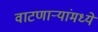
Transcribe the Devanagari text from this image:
वाटणाऱ्यांमध्ये